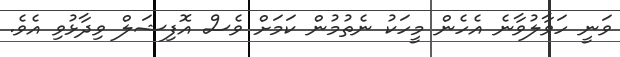
ވަނީ ހަވާލުވާނެ އެހެން މީހަކު ނެތުމުން ކަމަށް ވެސް އޮފިޝަލް ވިދާޅުވި އެވެ.